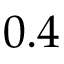
0 . 4